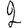
Digit: 2